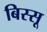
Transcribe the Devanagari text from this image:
बिस्सू